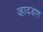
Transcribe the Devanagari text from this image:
व्हादडण